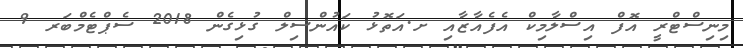
މިނިސްޓްރީ އޮފް އިސްލާމިކް އެފެއާޒާއި ށ.އަތޮޅު ކައުންސިލް ގުޅިގެން 2018 ސެޕްޓެމްބަރ 9